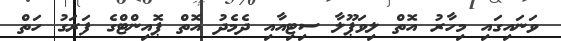
ވަނައިގައި މިހާރު އޮތް ލިވަޕޫލާ ސިޓިއާއި ދެމެދު އޮތް ޕޮއިންޓްގެ ފަރަގު ހަތް